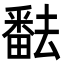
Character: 𤳖